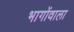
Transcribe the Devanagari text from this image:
भागोंवाला